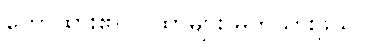
ဟောထား၏၊ ဂါထာများ မှတ်သားဖွယ်။